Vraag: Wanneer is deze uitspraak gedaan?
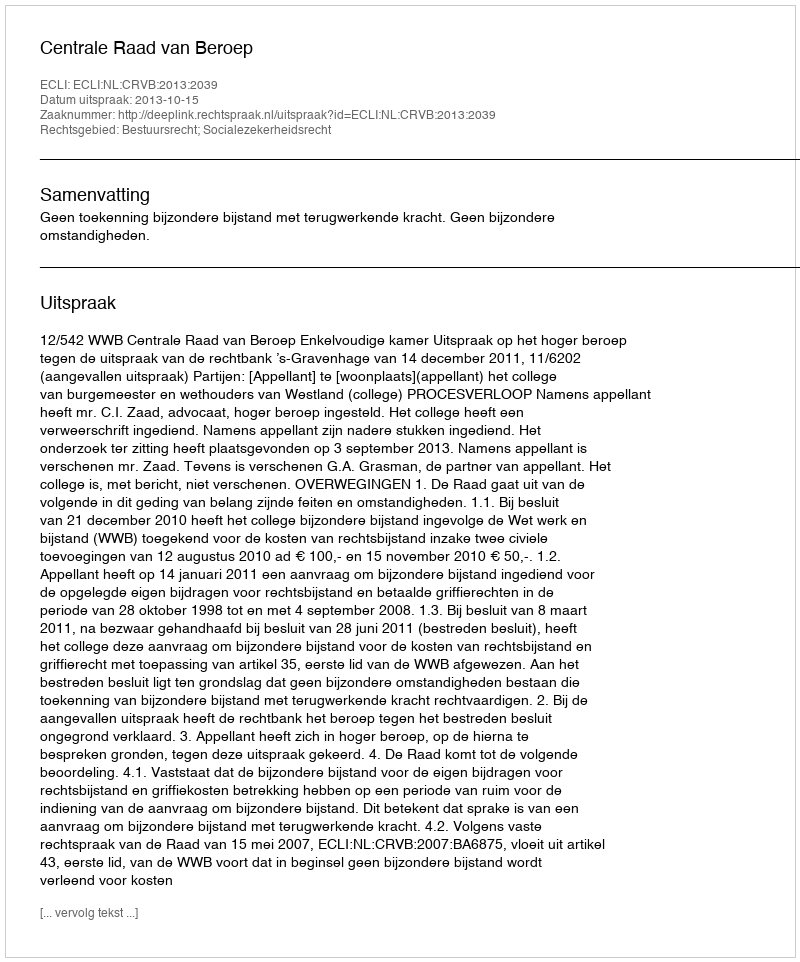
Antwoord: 2013-10-15